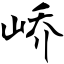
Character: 峤